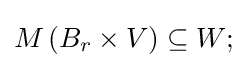
M\left(B_{r}\times V\right)\subseteq W;